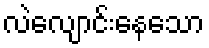
လဲလျောင်းနေသော